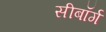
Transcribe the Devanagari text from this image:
सीबॉर्ग